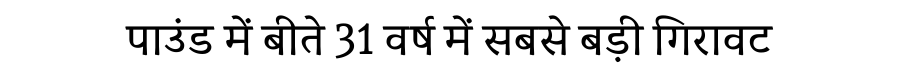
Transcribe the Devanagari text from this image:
पाउंड में बीते 31 वर्ष में सबसे बड़ी गिरावट